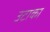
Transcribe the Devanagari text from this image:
उटाका